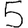
Digit: 5